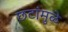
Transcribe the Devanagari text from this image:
छटांमुळे